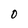
Character: 0